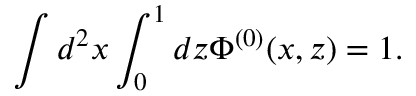
\int d ^ { 2 } x \int _ { 0 } ^ { 1 } d z \Phi ^ { ( 0 ) } ( x , z ) = 1 .